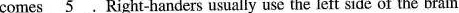
comes \underline{5} .Right-handers usually use the left side of the brain